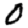
Digit: 0